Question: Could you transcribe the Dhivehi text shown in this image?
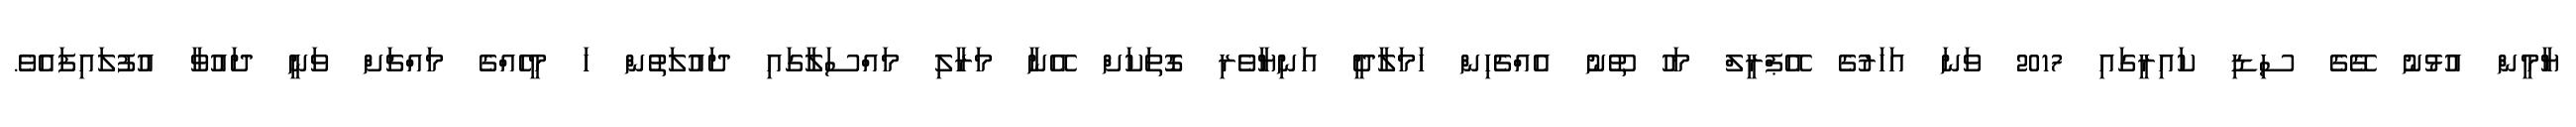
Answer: ޔާމީން އުޅުނު ގޭގެ ސިޑި ކައިރީގައި 2017 ވަނަ އަހަރުގެ އޭޕްރީލް މަހު ތޫނު އެއްޗެހިން ހަމަލާދީ އަނިޔާވެރި ގޮތަކަށް އޭނާ މަރާލި މައްސަލާގައި ދައުލަތުން ހަ މީހެއްގެ މައްޗަށް ވަނީ ދައުވާ އުފުލައިފައެވެ.